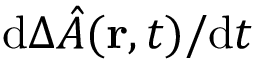
\mathrm { d } \Delta \hat { A } ( { \bf r } , t ) / \mathrm { d } t